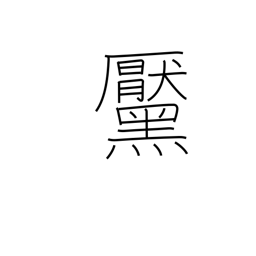
Meaning: mole